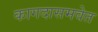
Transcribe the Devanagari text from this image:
कागदासमवेत